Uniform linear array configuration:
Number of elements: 8
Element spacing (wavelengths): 0.75
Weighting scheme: binomial
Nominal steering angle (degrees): -30
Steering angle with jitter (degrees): -28.971
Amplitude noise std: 0.05
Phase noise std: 0.05

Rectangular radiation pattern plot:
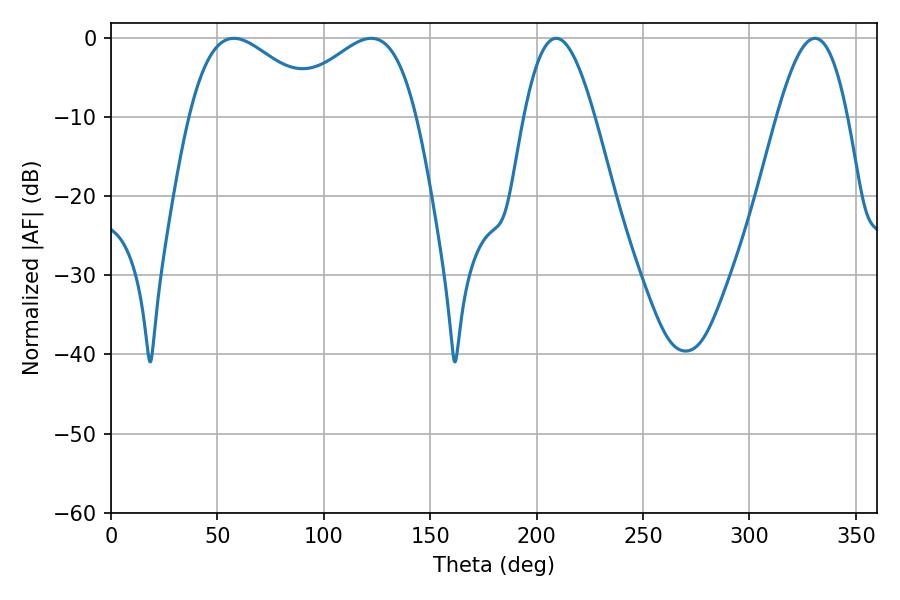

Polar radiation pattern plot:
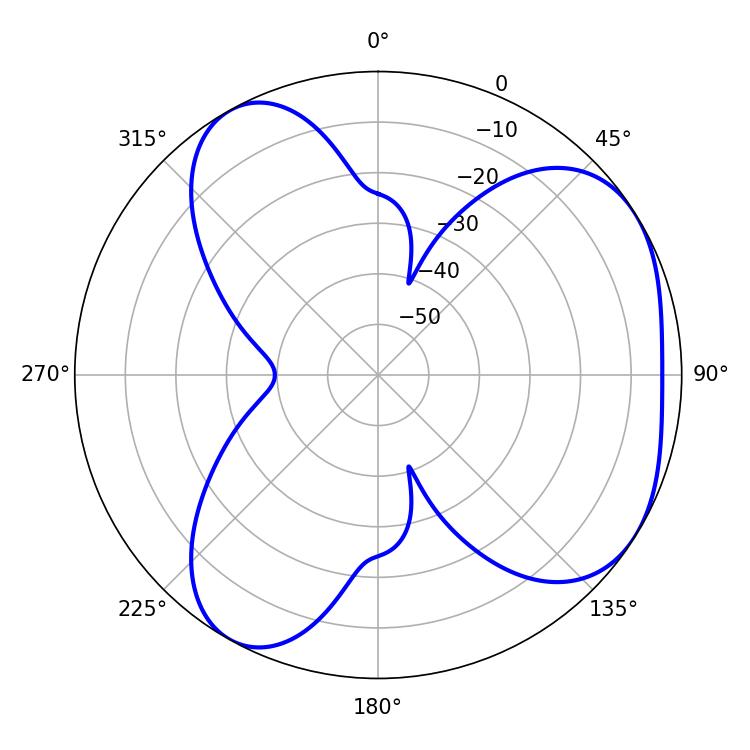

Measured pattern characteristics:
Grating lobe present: TRUE
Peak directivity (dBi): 4.572
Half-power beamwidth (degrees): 34.02
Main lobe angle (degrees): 57.78